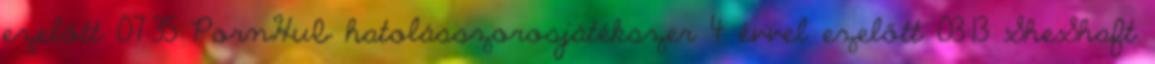
ezelőtt 07:35 PornHub hatolásszorosjátékszer 4 évvel ezelőtt 03:13 SheShaft